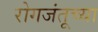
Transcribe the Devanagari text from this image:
रोगजंतूच्या